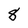
Character: 8